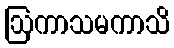
ဩကာသမကာသိ